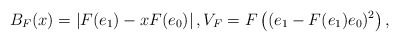
\begin{align*} B_F(x) = \left|F(e_1)-xF(e_0)\right|,V_F = F\left((e_1-F(e_1)e_0)^2\right), \end{align*}